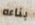
بناءه